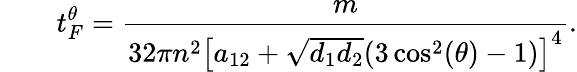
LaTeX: \qquad t_{F}^{\theta}=\frac{m}{32\pi n^{2}\left[a_{\mathrm{12}}+\sqrt{d_{\mathrm{1}}d_{\mathrm{2}}}(3\cos^{2}(\theta)-1)\right]^{4}}.